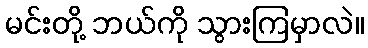
မင်းတို့ ဘယ်ကို သွားကြမှာလဲ။